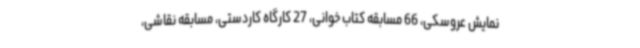
نمایش عروسکی، 66 مسابقه کتاب خوانی، 27 کارگاه کاردستی، مسابقه نقاشی،